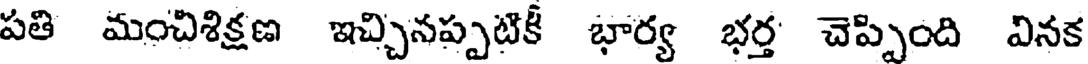
పతి మంచిశిక్షణ ఇచ్చినప్పటికీ భార్య భర్త చెప్పింది వినక